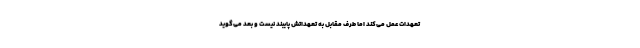
تعهدات عمل می‌کند اما طرف مقابل به تعهداتش پایبند نیست و بعد می‌گوید